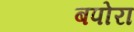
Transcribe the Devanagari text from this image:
बपोरा